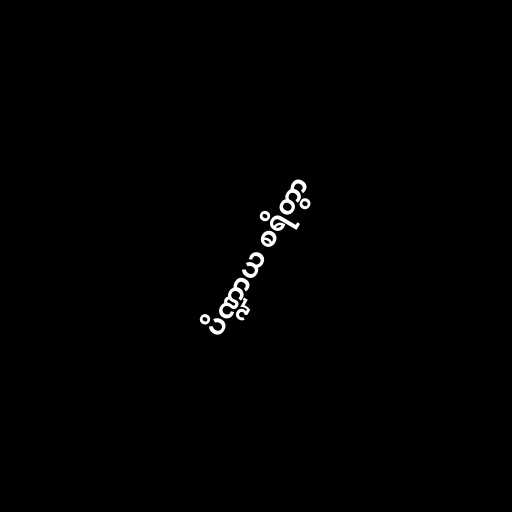
ပိဏ္ဍာယ စရိတွာ